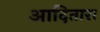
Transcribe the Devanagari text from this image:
आदितारा